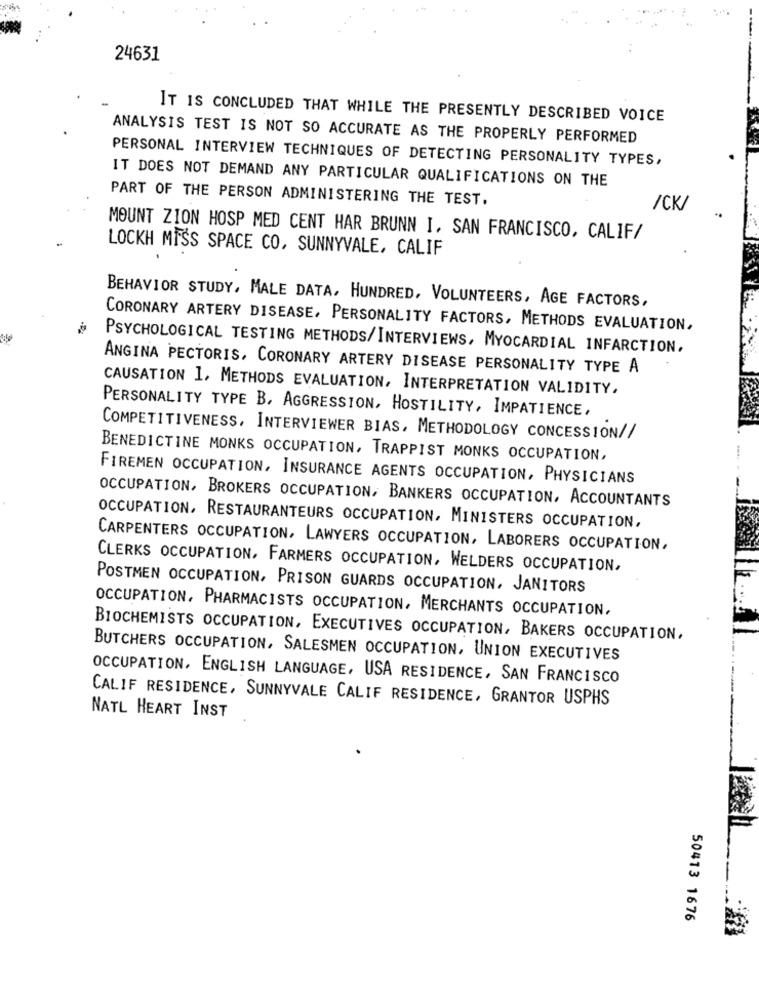
24631
IT IS CONCLUDED THAT WHILE THE PRESENTLY DESCRIBED VOICE
ANALYSIS TEST IS NOT SO ACCURATE AS THE PROPERLY PERFORMED
PERSONAL INTERVIEW TECHNIQUES OF DETECTING PERSONALITY TYPES,
IT DOES NOT DEMAND ANY PARTICULAR QUALIFICATIONS ON THE
PART OF THE PERSON ADMINISTERING THE TEST.
/CK/
MOUNT ZION HOSP MED CENT HAR BRUNN I. SAN FRANCISCO, CALIF/
LOCKH MISS SPACE CO, SUNNYVALE, CALIF
BEHAVIOR STUDY, MALE DATA, HUNDRED, VOLUNTEERS, AGE FACTORS,
CORONARY ARTERY DISEASE, PERSONALITY FACTORS, METHODS EVALUATION,
PSYCHOLOGICAL TESTING METHODS/INTERVIEWS, MYOCARDIAL INFARCTION,
ANGINA PECTORIS, CORONARY ARTERY DISEASE PERSONALITY TYPE A
CAUSATION 1, METHODS EVALUATION, INTERPRETATION VALIDITY,
PERSONALITY TYPE B, AGGRESSION, HOSTILITY, IMPATIENCE,
COMPETITIVENESS, INTERVIEWER BIAS, METHODOLOGY CONCESSION//
BENEDICTINE MONKS OCCUPATION, TRAPPIST MONKS OCCUPATION,
FIREMEN OCCUPATION, INSURANCE AGENTS OCCUPATION, PHYSICIANS
OCCUPATION, BROKERS OCCUPATION, BANKERS OCCUPATION, ACCOUNTANTS
OCCUPATION, RESTAURANTEURS OCCUPATION, MINISTERS OCCUPATION,
CARPENTERS OCCUPATION, LAWYERS OCCUPATION, LABORERS OCCUPATION,
CLERKS OCCUPATION, FARMERS OCCUPATION, WELDERS OCCUPATION,
POSTMEN OCCUPATION, PRISON GUARDS OCCUPATION, JANITORS
OCCUPATION, PHARMACISTS OCCUPATION, MERCHANTS OCCUPATION,
BIOCHEMISTS OCCUPATION, EXECUTIVES OCCUPATION, BAKERS OCCUPATION,
BUTCHERS OCCUPATION, SALESMEN OCCUPATION, UNION EXECUTIVES
OCCUPATION, ENGLISH LANGUAGE, USA RESIDENCE, SAN FRANCISCO
CALIF RESIDENCE, SUNNYVALE CALIF RESIDENCE, GRANTOR USPHS
NATL HEART INST
50413 1676